画像に写った文字を読んでください
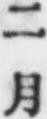
「二月」と書いてあります